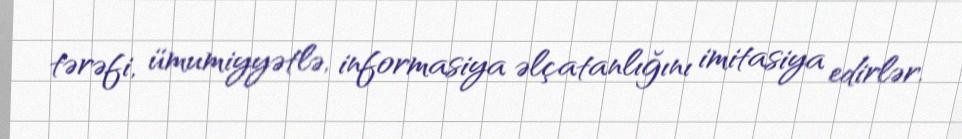
tərəfi, ümumiyyətlə, informasiya əlçatanlığını imitasiya edirlər.